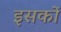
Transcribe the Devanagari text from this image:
इसकों